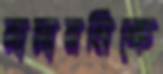
রাসায়নিকে